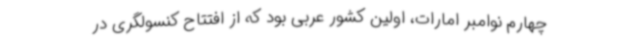
چهارم نوامبر امارات، اولین کشور عربی بود که از افتتاح کنسولگری در